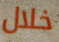
خلال